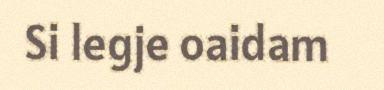
Si legje oaidam